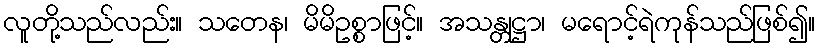
လူတို့သည်လည်း။ သတေန၊ မိမိဥစ္စာဖြင့်။ အသန္တုဋ္ဌာ၊ မရောင့်ရဲကုန်သည်ဖြစ်၍။